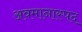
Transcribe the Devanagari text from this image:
अवमानास्पद